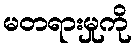
မတရားမှုကို